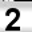
Digit: 2